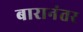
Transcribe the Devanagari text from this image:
बारानंतर